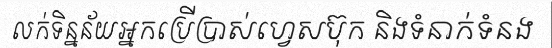
លក់ទិន្នន័យអ្នកប្រើប្រាស់ហ្វេសប៊ុក និងទំនាក់ទំនង